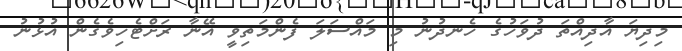
މިދިޔަ އާދިއްތަ ދުވަހުގެ ހެނދުނު މި މައްސަލަ ފެންމަތިވީ އޭނާ ރަށްޓެހިވެގެން އުޅުނު